NASA-UAP-D1, Apollo 12 Transcript, 1969
Agency: NASA
Incident date: 1969
Incident location: Moon
Page 4
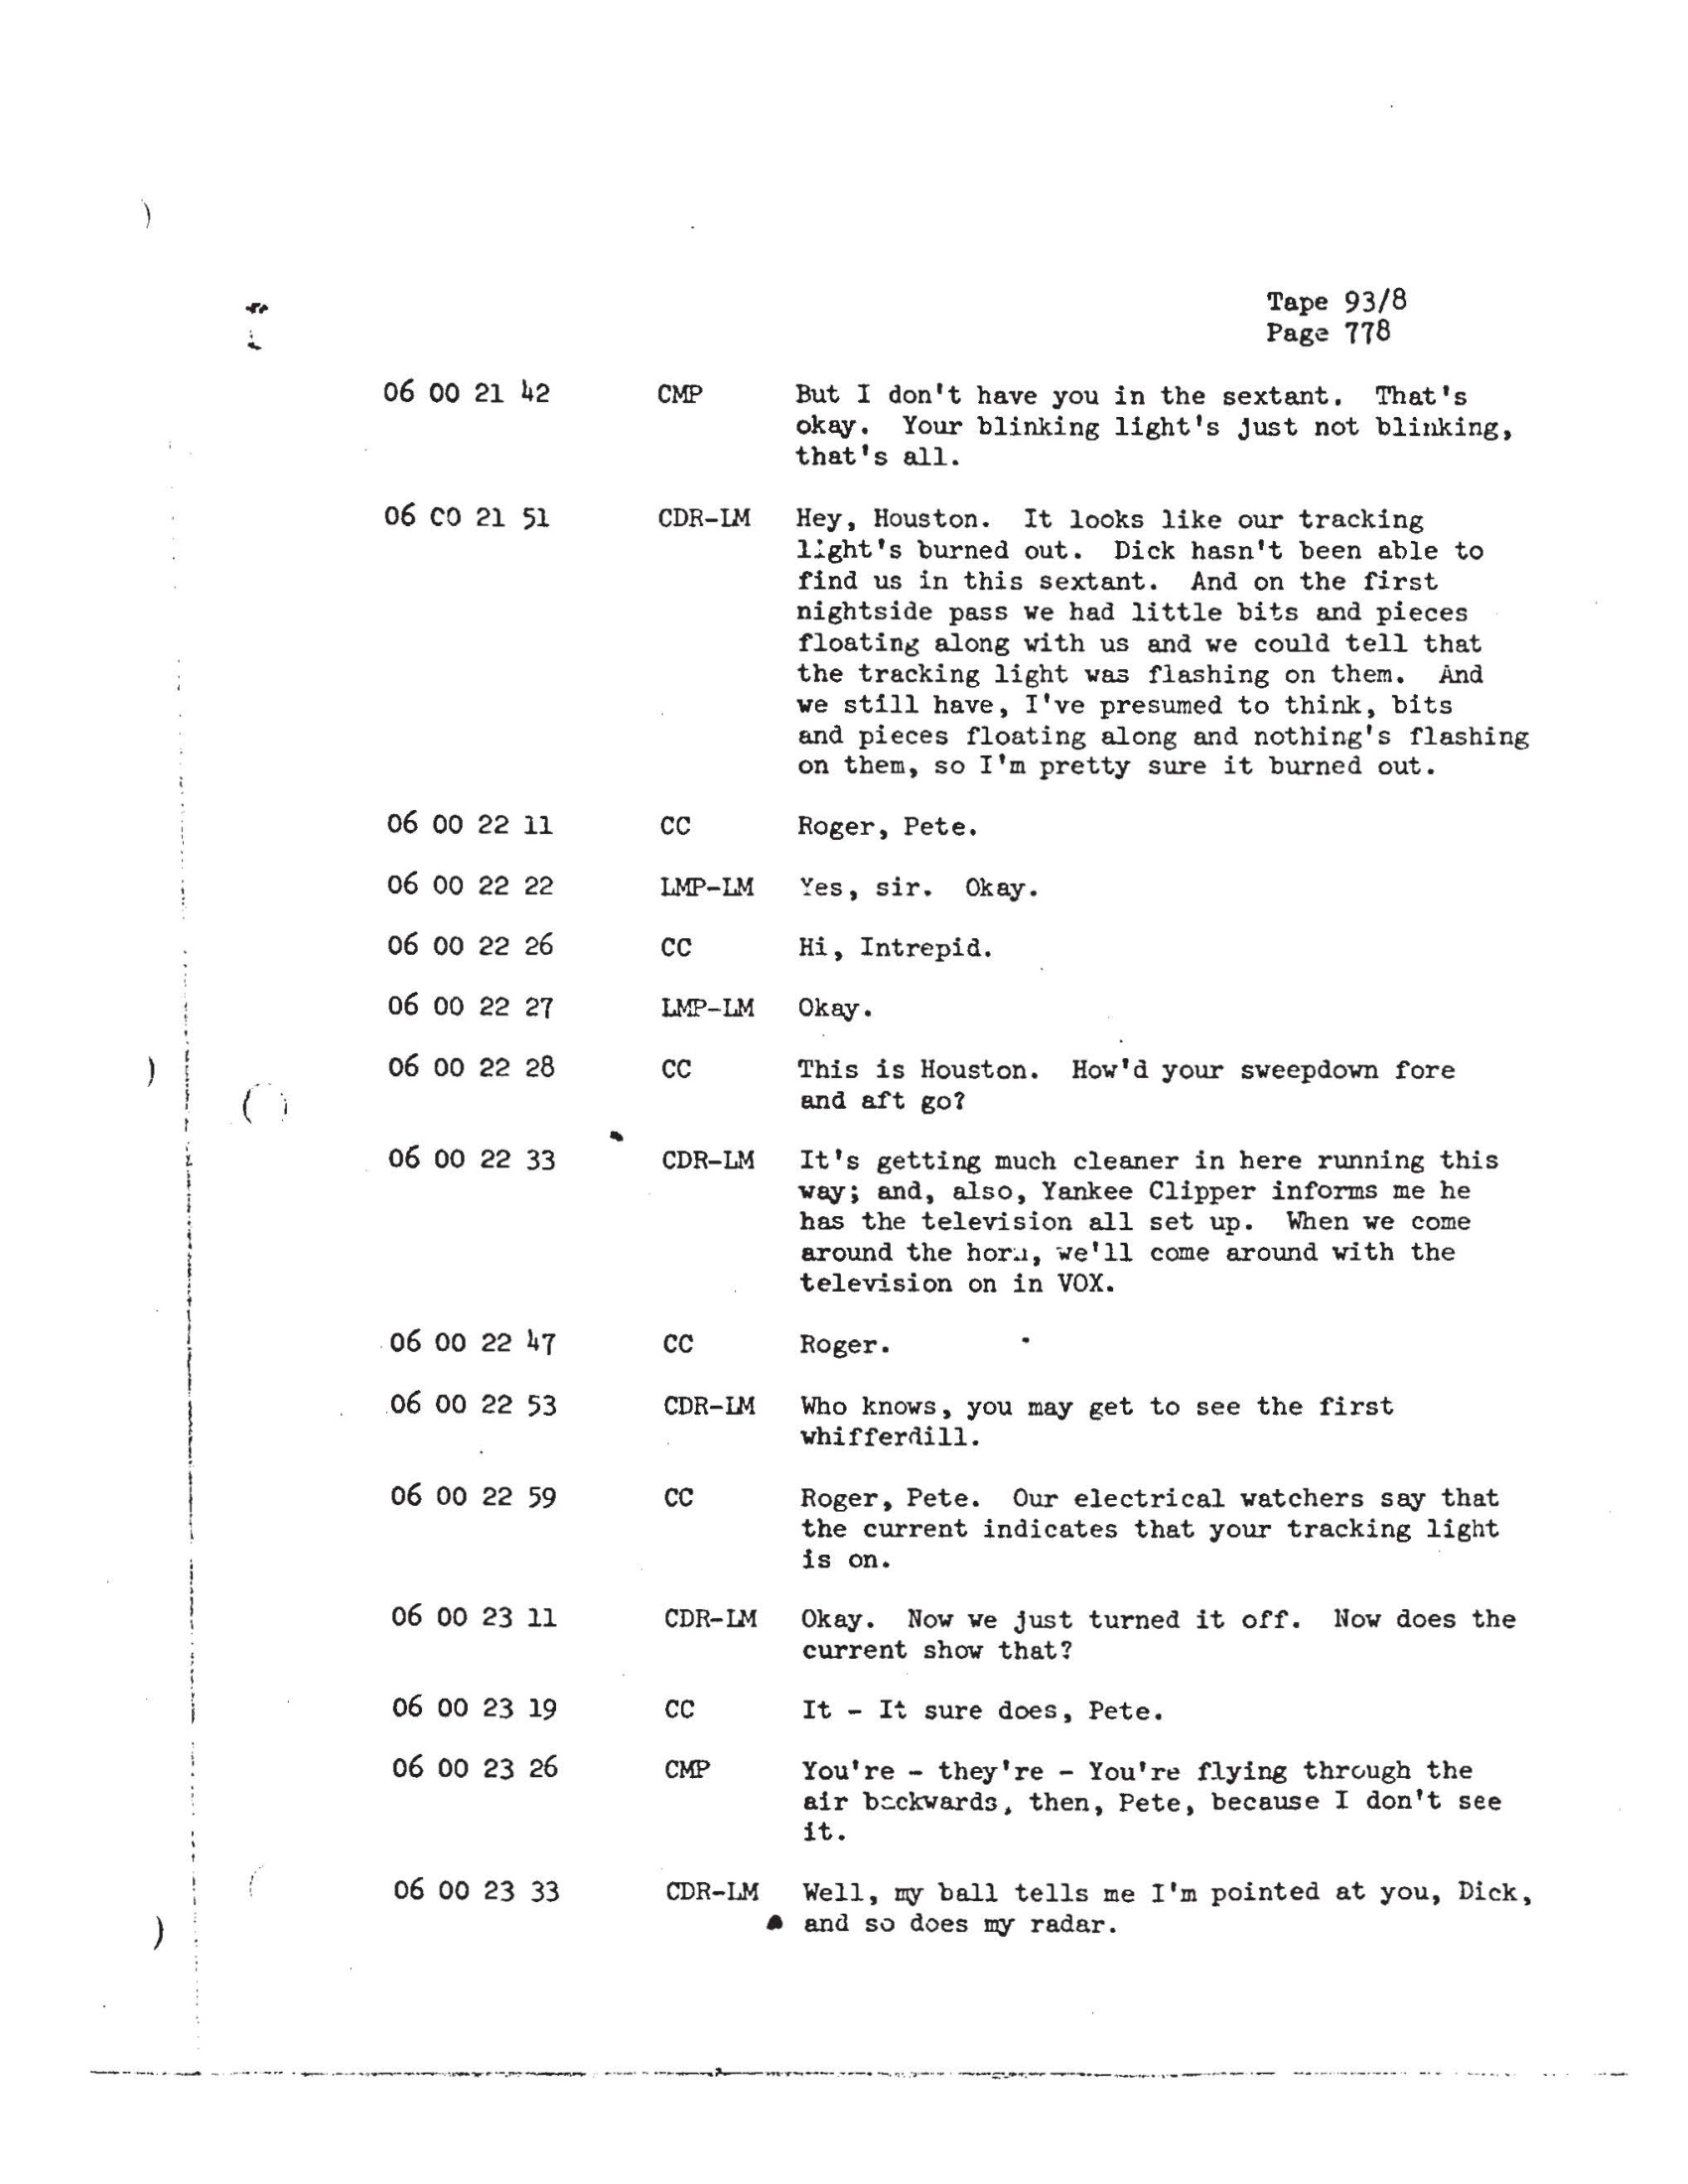